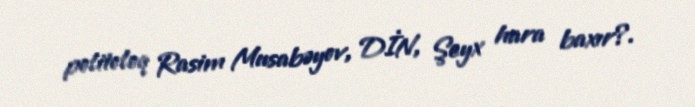
politoloq Rasim Musabəyov, DİN, Şeyx hara baxır?.